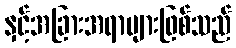
နှင့်အခြားအရာများဖြစ်သည်